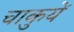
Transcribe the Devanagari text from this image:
चाकुयें